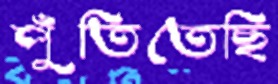
পুঁতিতেছি